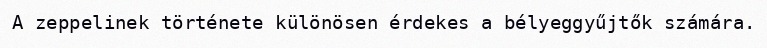
A zeppelinek története különösen érdekes a bélyeggyűjtők számára.